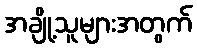
အချို့သူများအတွက်